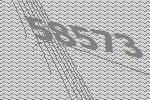
58573